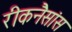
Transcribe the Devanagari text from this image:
रीकनैसांस